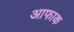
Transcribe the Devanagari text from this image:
आफाक